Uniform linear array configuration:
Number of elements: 16
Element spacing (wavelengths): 0.5
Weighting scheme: hamming
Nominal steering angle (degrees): -30
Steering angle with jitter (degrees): -30.982
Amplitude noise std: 0.05
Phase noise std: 0.05

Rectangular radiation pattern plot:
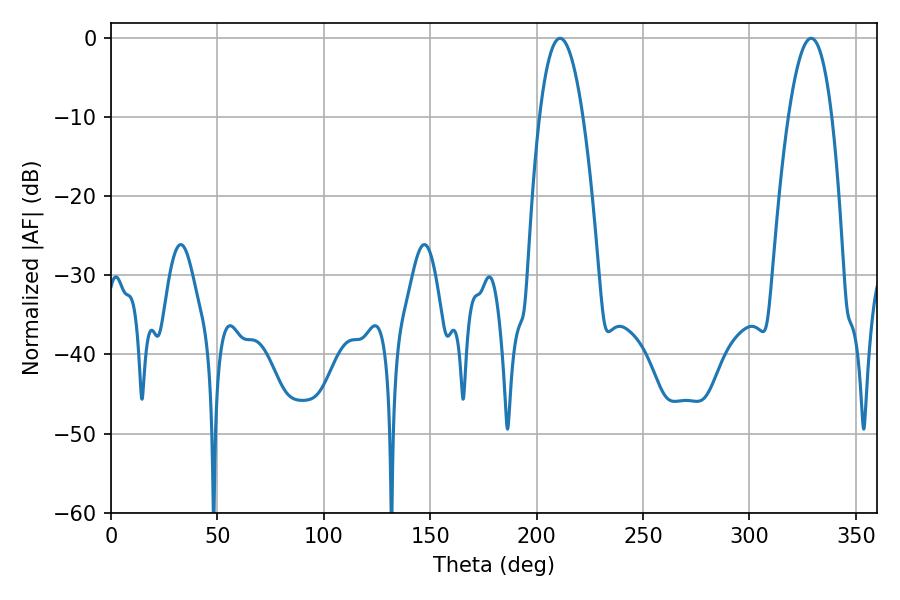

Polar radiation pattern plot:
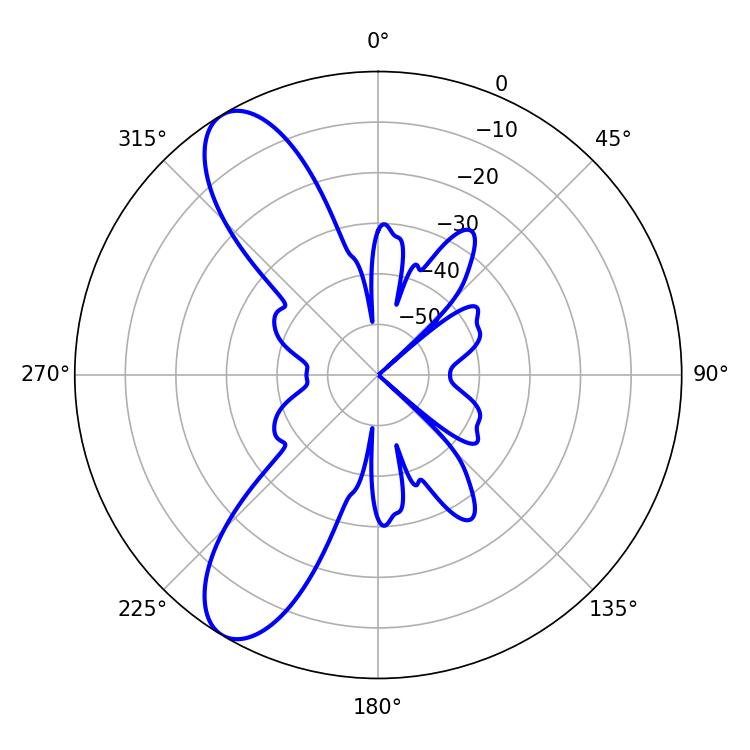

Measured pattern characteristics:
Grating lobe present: FALSE
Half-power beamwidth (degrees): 11.16
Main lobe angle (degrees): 210.96